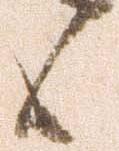
候